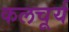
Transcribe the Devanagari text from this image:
कलचूर्य